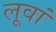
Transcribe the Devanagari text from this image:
लूवां